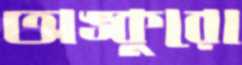
অঙ্কুরো